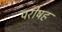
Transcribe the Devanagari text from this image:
परीषह